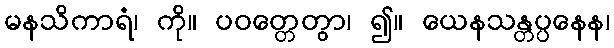
မနသိကာရံ၊ ကို။ ပဝတ္တေတွာ၊ ၍။ ယေနသန္တပ္ပနေန၊